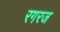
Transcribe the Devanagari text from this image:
रगरज